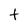
Character: t